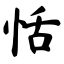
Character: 恬